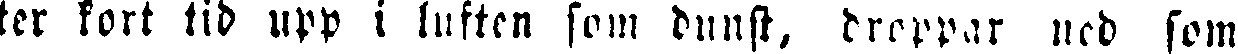
ter kort tid upp i luften som dunst, droppar ned som